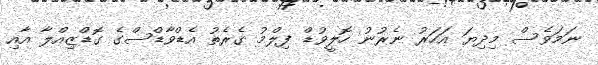
ނަމަވެސް މިދިޔަ އަހަރު ނެރުނު ހޮލީވުޑް ފިލްމު ގެރެތު އެޑްވާޑްސްގެ ގޮޑްޒިއްލާ އާއި